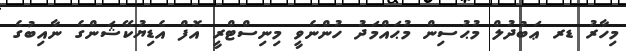
މިހާރު ޑރ ޢަބުދުލް މުޙުސިން މުޙައްމަދު ހުންނެވީ މިނިސްޓްރީ އޮފް އެޑިޔުކޭޝަންގެ ނާއިބުގެ